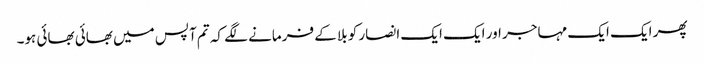
پھر ایک ایک مہاجر اور ایک ایک انصار کو بلا کے فرمانے لگے کہ تم آپس میں بھائی بھائی ہو۔